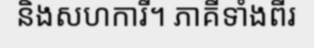
និងសហការី។ ភាគីទាំងពីរ